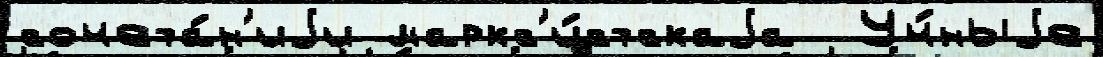
сочета́н'иjи маркс'и́стскаjа  Уч́ныjе